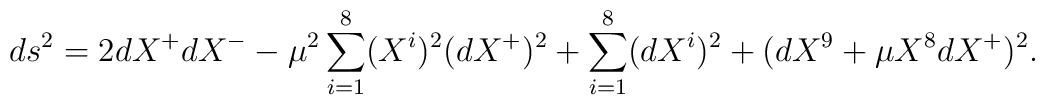
ds^2 = 2 dX^+ dX^- - \mu^2 \sum_{i=1}^8 (X^i)^2 (dX^+)^2         + \sum_{i=1}^8 (dX^i)^2 + (dX^9 + \mu X^8 dX^+)^2.